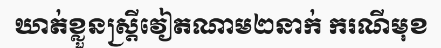
ឃាត់ខ្លួនស្ត្រីវៀតណាម២នាក់ ករណីមុខ